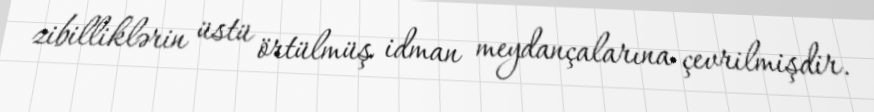
zibilliklərin üstü örtülmüş idman meydançalarına çevrilmişdir.